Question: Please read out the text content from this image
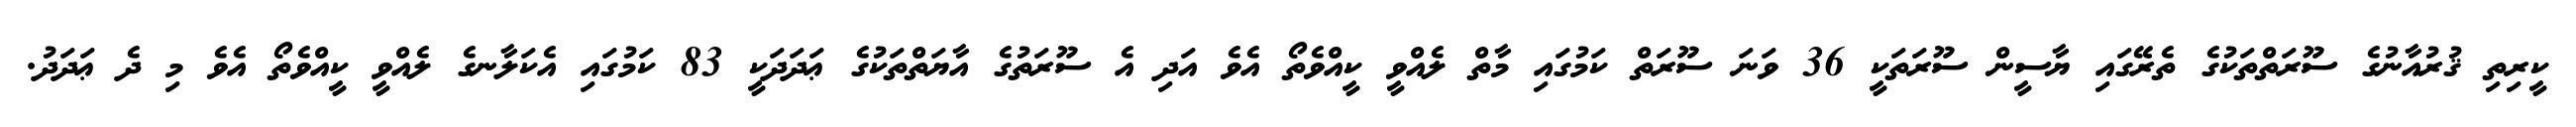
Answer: ކީރިތި ޤުރުއާނުގެ ސޫރަތްތަކުގެ ތެރޭގައި ޔާސީން ސޫރަތަކީ 36 ވަނަ ސޫރަތް ކަމުގައި މާތް ލެއްވީ ކީއްވެތޯ އެވެ އަދި އެ ސޫރަތުގެ އާޔަތްތަކުގެ ޢަދަދަކީ 83 ކަމުގައި އެކަލާނގެ ލެއްވީ ކީއްވެތޯ އެވެ މި ދެ ޢަދަދު.